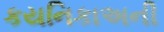
કયનિકાઅની